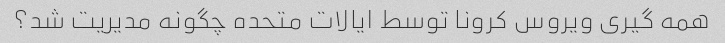
همه گیری ویروس کرونا توسط ایالات متحده چگونه مدیریت شد؟